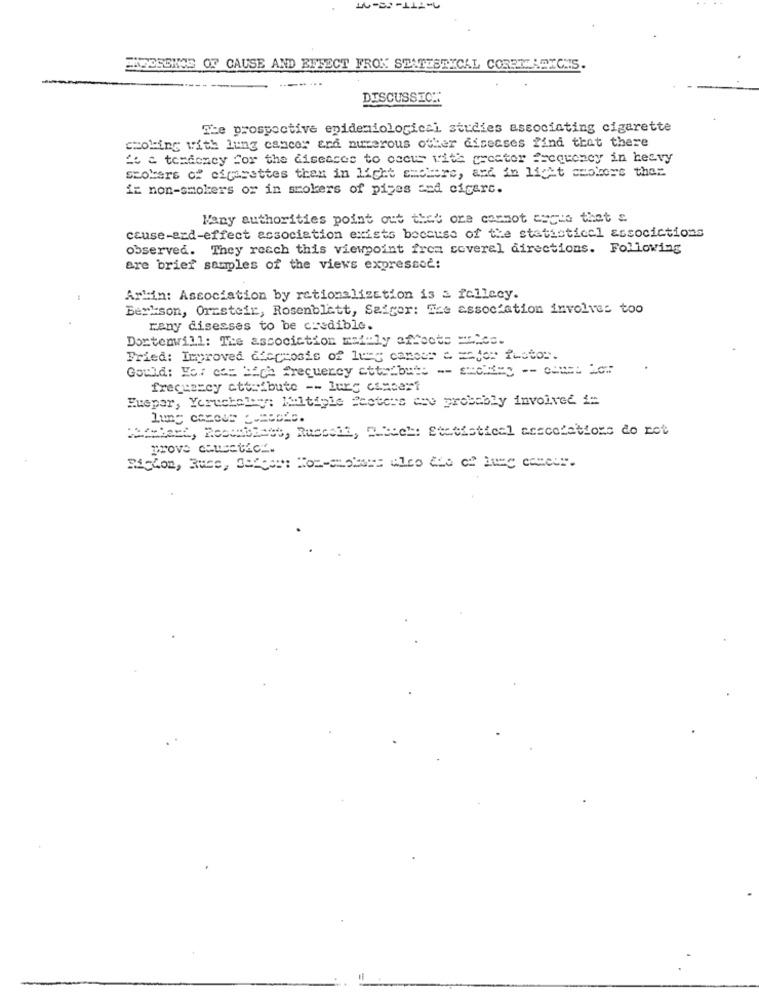
WHOSEIME OF CAUSE AND EFFECT FROM STATISTICAL CORREASICHS.
DISCUSSICH:
The prospective epidemiological studies associating cigarette
croling with lung cancer and numerous other diseases find that there
26 a tendency for the diseases to cocus with greater frequency in heavy
stokers of cigarettes then in light smotore, and in licht ccolors thar
iE non-smokers or in smokers of pipes and cigarc.
Many authorities point out that ore cannot ascto thet &
cause-ard-effect association exists because of the statistical associctions
observed. They reach this viewpoint frea coverel directions. Following
are brief samples of the views expressed:
Arkin: Association by rationalization is & fellecy.
Berk:son, Oresteir, Rosenblatt, Saiger: The association involves too
rany disesses to be credible.
Dortenwill: The association mai:ly affects =les.
Fried: Improved diephosis of lung cancer a major flotor.
Gould: Har cas High frequency attributs -- ssckey -- conIl Ler
frecuazey attribute -- lung cancer?
Euspar, Yeruchaley ;: Multiple Scoters are probably involved i=
lung caress pumeofs.
etablets, Ruccola, ELbach: Statistical aescolatiors do rot
prove causaticz.